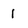
Character: 1